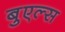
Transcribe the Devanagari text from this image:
बुएल्स